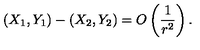
( X _ { 1 } , Y _ { 1 } ) - ( X _ { 2 } , Y _ { 2 } ) = O \left( \frac { 1 } { r ^ { 2 } } \right) .